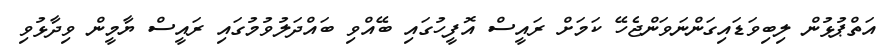
އަތްޕުޅުން ލިބިވަޑައިގަންނަވަންޖެހޭ ކަމަށް ރައީސް އޮފީހުގައި ބޭއްވި ބައްދަލުވުމުގައި ރައީސް ޔާމީން ވިދާޅުވި